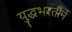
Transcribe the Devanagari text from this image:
युद्धभरतीने